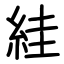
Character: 絓